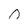
Character: n